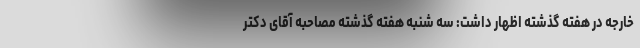
خارجه در هفته گذشته اظهار داشت: سه شنبه هفته گذشته مصاحبه آقای دکتر